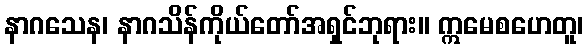
နာဂသေန၊ နာဂသိန်ကိုယ်တော်အရှင်ဘုရား။ ဣမေစဟေတူ၊